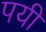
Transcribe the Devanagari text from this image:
पयी